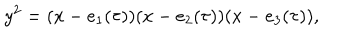
LaTeX: y ^ { 2 } = ( x - e _ { 1 } ( \tau ) ) ( x - e _ { 2 } ( \tau ) ) ( x - e _ { 3 } ( \tau ) ) ,